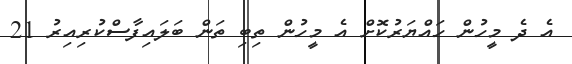
އެ ދެ މީހުން ހައްޔަރުކޮށް އެ މީހުން ތިބި ތަން ބަލައިފާސްކުރިއިރު 21